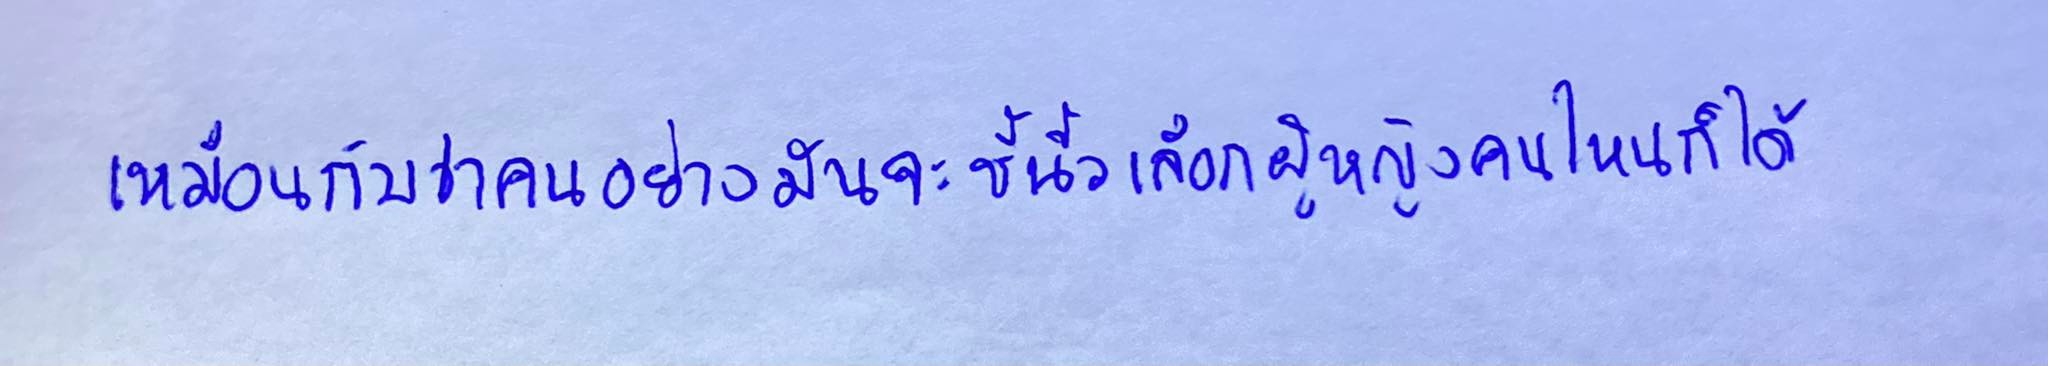
เหมือนกับว่าคนอย่างมันจะชี้นิ้วเลือกผู้หญิงคนไหนก็ได้